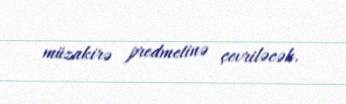
müzakirə predmetinə çevriləcək.